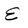
Character: E